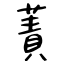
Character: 蔶